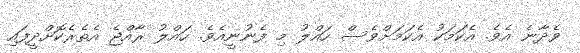
ވެދާނެ އެވެ. އެކަމަކު އެކަމަށްވެސް ހައްލު މި ފެނުނީއެވެ. ހައްލު ރާއްޖެ އެތެރެކޮށްދީފައި